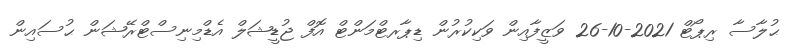
ޙުލާސާ ރިޕޯޓް 2021-10-26 ވަޒީފާއިން ވަކިކުރުން ޑިޕާރޓްމަންޓް އޮފް ޖުޑީޝަލް އެޑްމިނިސްޓްރޭޝަން ޙުސައިން